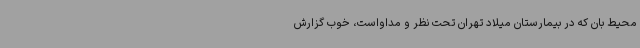
محیط بان که در بیمارستان میلاد تهران تحت نظر و مداواست، خوب گزارش